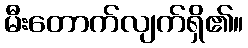
မီးတောက်လျက်ရှိ၏။